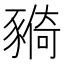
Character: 𧱺